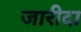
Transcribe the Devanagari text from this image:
जारीदा